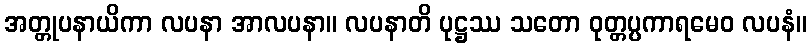
အတ္တုပနာယိကာ လပနာ အာလပနာ။ လပနာတိ ပုဋ္ဌဿ သတော ဝုတ္တပ္ပကာရမေဝ လပနံ။